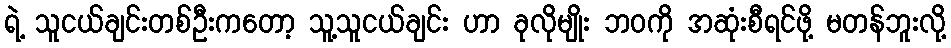
ရဲ့ သူငယ်ချင်းတစ်ဦးကတော့ သူ့သူငယ်ချင်း ဟာ ခုလိုမျိုး ဘဝကို အဆုံးစီရင်ဖို့ မတန်ဘူးလို့